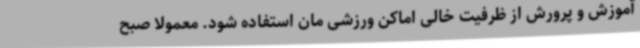
آموزش و پرورش از ظرفیت خالی اماکن ورزشی مان استفاده شود. معمولا صبح